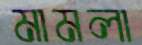
মামলা